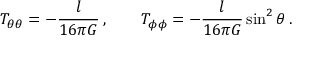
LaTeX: T _ { \theta \theta } = - \frac { l } { 1 6 \pi G } \, , \qquad T _ { \phi \phi } = - \frac { l } { 1 6 \pi G } \sin ^ { 2 } \theta \, .